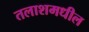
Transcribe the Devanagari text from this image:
तलाशमधील